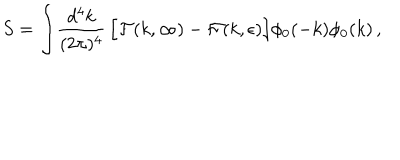
LaTeX: S = \int \! { \frac { d ^ { 4 } k } { ( 2 \pi ) ^ { 4 } } } \, \Bigl [ { \cal F } ( k , \infty ) - { \cal F } ( k , \epsilon ) \Bigr ] \phi _ { 0 } ( - k ) \phi _ { 0 } ( k ) \, ,